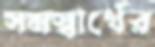
সমস্বার্থের